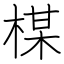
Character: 楳